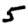
Digit: 5